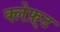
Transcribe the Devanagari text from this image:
क्लेफ़्ट